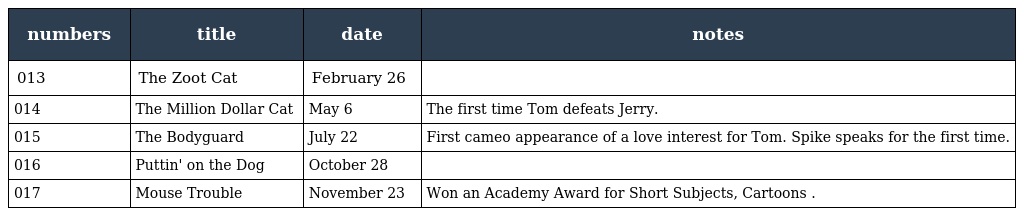
| numbers | title | date | notes |
 | --- | --- | --- | --- |
 | 013 | The Zoot Cat | February 26 |  |
 | 014 | The Million Dollar Cat | May 6 | The first time Tom defeats Jerry. |
 | 015 | The Bodyguard | July 22 | First cameo appearance of a love interest for Tom. Spike speaks for the first time. |
 | 016 | Puttin' on the Dog | October 28 |  |
 | 017 | Mouse Trouble | November 23 | Won an Academy Award for Short Subjects, Cartoons . |